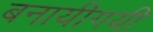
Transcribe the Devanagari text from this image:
बनायीगयी